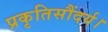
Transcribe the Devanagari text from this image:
प्रकृतिसौंदर्य।